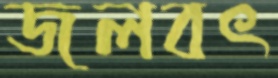
জলবৎ